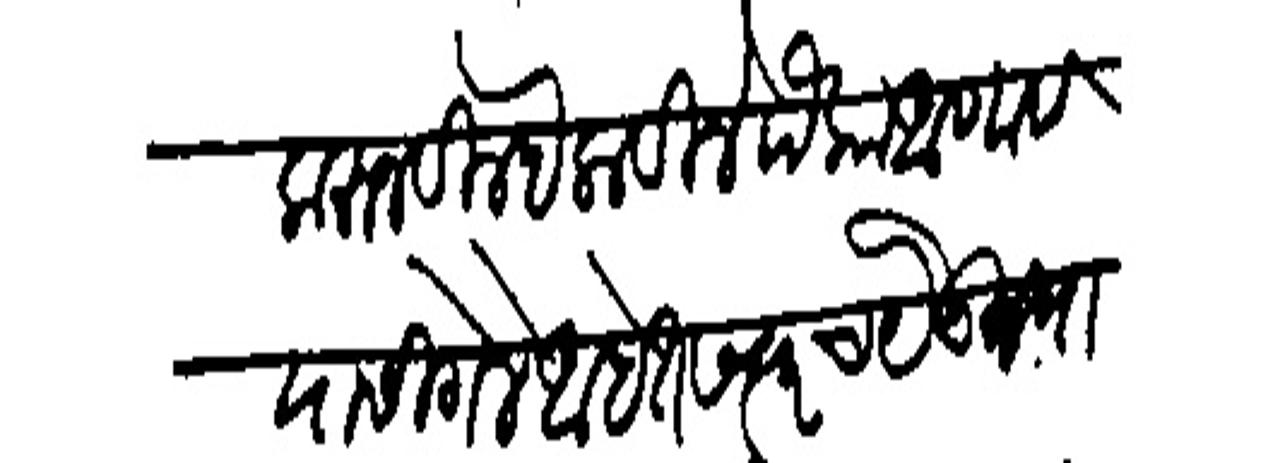
Transliteration (Devanagari): करून बिल्हे लाविले पंका आणावयासी गेले आहेत सस्वरच येऊन पावतील